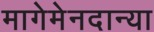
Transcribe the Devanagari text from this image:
मागेमेनदान्या